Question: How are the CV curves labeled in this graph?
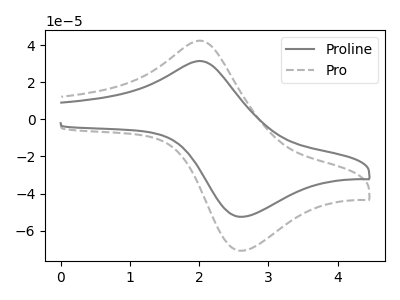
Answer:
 <answer>The gray curve is labeled "Proline". The gray dashed curve is labeled "Pro".</answer>
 <eval></eval>